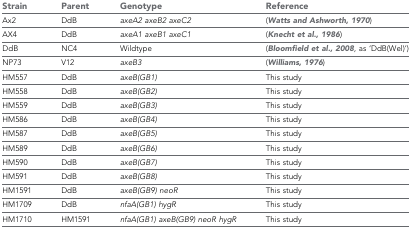
| Strain | Parent | Genotype | Reference |
 | --- | --- | --- | --- |
 | Ax2 | DdB | axeA2 axeB2 axeC2 | (Watts and Ashworth, 1970) |
 | AX4 | DdB | axeA1 axeB1 axeC1 | (Knecht et al., 1986) |
 | DdB | NC4 | Wildtype | (Bloomfield et al., 2008, as ‘DdB(Wel)’) |
 | NP73 | V12 | axeB3 | (Williams, 1976) |
 | HM557 | DdB | axeB(GB1) | This study |
 | HM558 | DdB | axeB(GB2) | This study |
 | HM559 | DdB | axeB(GB3) | This study |
 | HM586 | DdB | axeB(GB4) | This study |
 | HM587 | DdB | axeB(GB5) | This study |
 | HM589 | DdB | axeB(GB6) | This study |
 | HM590 | DdB | axeB(GB7) | This study |
 | HM591 | DdB | axeB(GB8) | This study |
 | HM1591 | DdB | axeB(GB9) neoR | This study |
 | HM1709 | DdB | nfaA(GB1) hygR | This study |
 | HM1710 | HM1591 | nfaA(GB1) axeB(GB9) neoR hygR | This study |